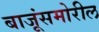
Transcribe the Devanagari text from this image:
बाजूंसमोरील